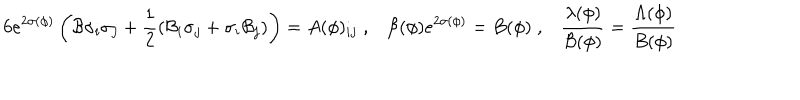
6 e ^ { 2 \sigma ( \phi ) } \left( { \cal B } \sigma _ { i } \sigma _ { j } + \frac { 1 } { 2 } \left( { \cal B } _ { i } \sigma _ { j } + \sigma _ { i } { \cal B } _ { j } \right) \right) = A ( \phi ) _ { i j } \; , { \cal B } ( \phi ) e ^ { 2 \sigma ( \phi ) } = B ( \phi ) \; , \frac { \lambda ( \phi ) } { { \cal B } ( \phi ) } = \frac { \Lambda ( \phi ) } { B ( \phi ) }